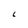
Character: C